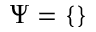
\Psi = \{ \}